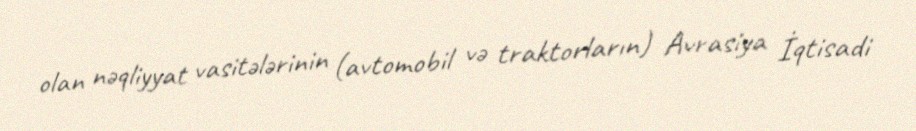
olan nəqliyyat vasitələrinin (avtomobil və traktorların) Avrasiya İqtisadi